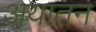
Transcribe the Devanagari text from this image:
अयातन